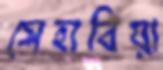
সেহাবিয়া